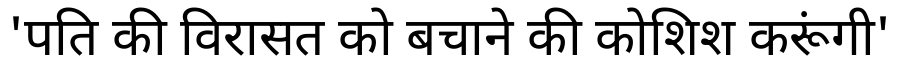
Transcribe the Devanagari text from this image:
'पति की विरासत को बचाने की कोशिश करूंगी'